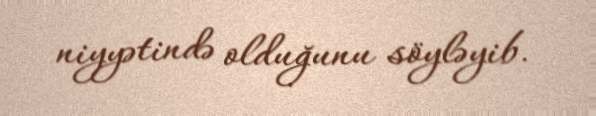
niyyətində olduğunu söyləyib.